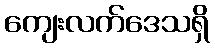
ကျေးလက်ဒေသရှိ